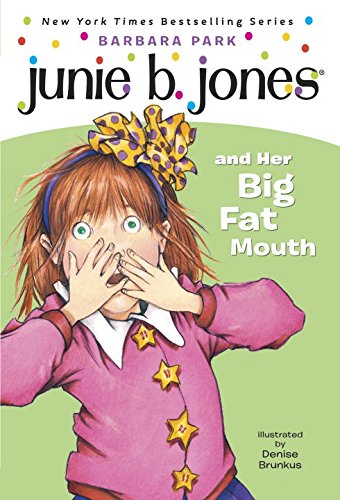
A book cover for Junie B. Jones and Her Big Fat Mouth (Junie B. Jones, No. 3); Barbara Park; Children's Books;